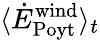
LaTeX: \langle\dot{E}_{\mathrm{Poyt}}^{\mathrm{wind}}\rangle_{t}